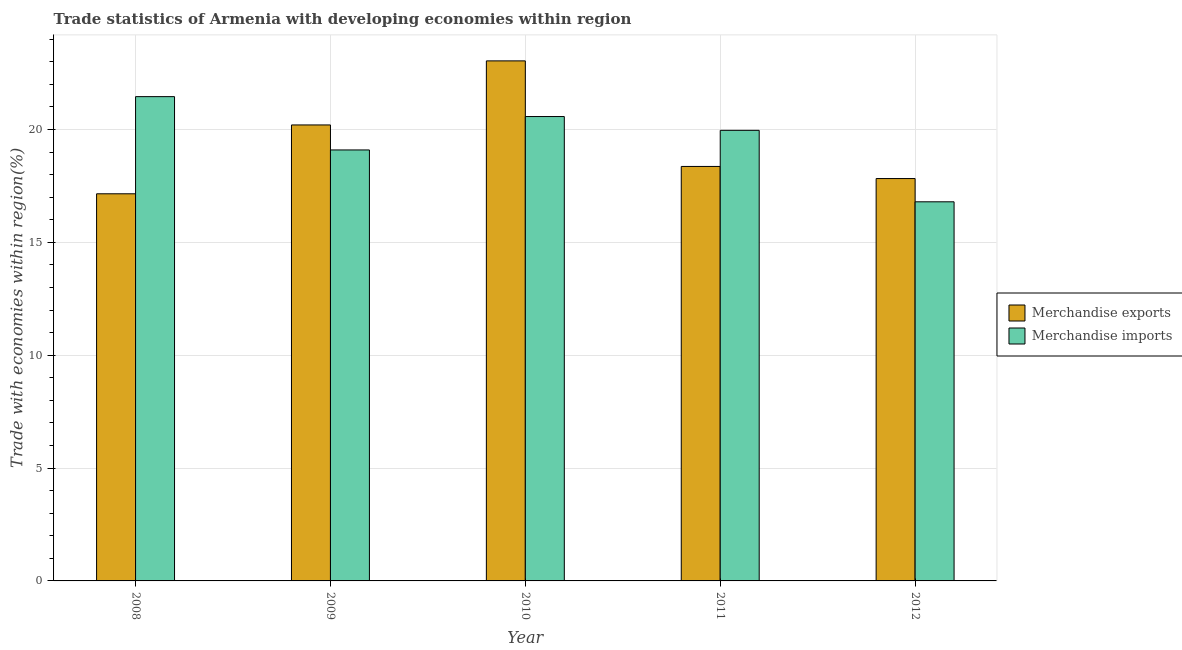
| Year | Merchandise exports | Merchandise imports |
 | --- | --- | --- |
 | 2008 | 17.1 | 21.5 |
 | 2009 | 20.2 | 19.1 |
 | 2010 | 23 | 20.6 |
 | 2011 | 18.4 | 20 |
 | 2012 | 17.8 | 16.8 |